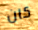
كان